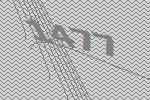
1477